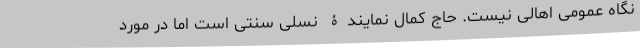
نگاه عمومی اهالی نیست. حاج کمال نمایندۀ نسلی سنتی است اما در مورد